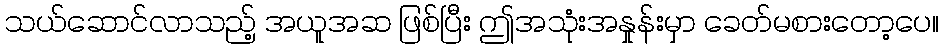
သယ်ဆောင်လာသည့် အယူအဆ ဖြစ်ပြီး ဤအသုံးအနှုန်းမှာ ခေတ်မစားတော့ပေ။